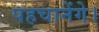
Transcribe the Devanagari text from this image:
पहचानेंगे।